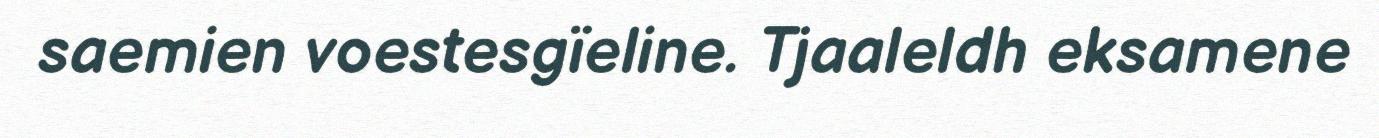
saemien voestesgïeline. Tjaaleldh eksamene